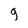
Character: 9